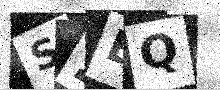
Text: S2BQ